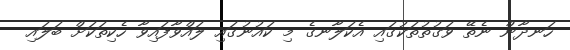
ހަނދާން ނެތޭ ވަގުތުތަކުގައި އެކަލާނގެ މި ކައުނުގައި ލައްވާފައިވާ ހެކިތަކަށް ބަލައި